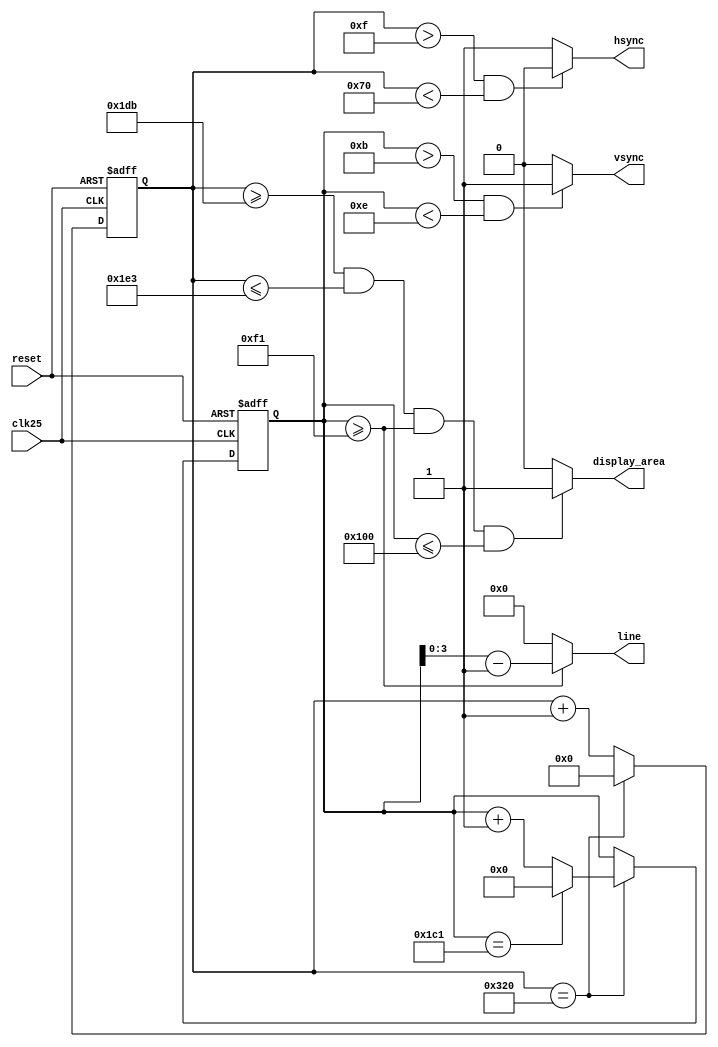
module vgasync(clk25,reset,hsync,vsync,display_area,line);
input clk25,reset;
output hsync,vsync,display_area;
output[3:0] line;

wire hsync,vsync;
reg [9:0] pix_cnt;
reg [8:0] line_cnt;

//orizoyme tis parametroys 
parameter H_FRONT_PORCH = 16 ;
parameter H_SYNC_PULSE = 96 ;
parameter H_BACK_PORCH = 48 ;
parameter H_VISIBLE_PIXELS = 640 ;
parameter H_END=800;

parameter V_FRONT_PORCH = 12 ;
parameter V_SYNC_PULSE = 2 ;
parameter V_BACK_PORCH = 35 ;   
parameter V_VISIBLE_LINES = 400 ;
parameter V_END=449;

//(16+96+48+640/2)-4
parameter H_LEFT_BORDER=475;
parameter H_RIGHT_BORDER=483;
//(12+2+35+400/2) -8
parameter V_TOP_BORDER=241;
parameter V_BOTTOM_BORDER=256;



always @(posedge clk25 or posedge reset) 
begin
    if (reset) // se periptosi reset midenise ton counter
    begin
        pix_cnt<=10'd0;
        line_cnt<=9'd0;	  
    end

  // o pix_cnt exei ftasei terma dexia
  //tote ypaexoyn dio periptoseis
    else if (pix_cnt==H_END)  
         begin
          pix_cnt<=10'd0;
          //1)an eimaste sthn teleftaia grammi tote midenizoume kai ton line_cnt
             if (line_cnt==V_END)
              line_cnt<=9'd0; 
             else
             line_cnt<=line_cnt+9'd1; //2)alliws afksanoume ton line_cnt kata ena
         end
    else pix_cnt<=pix_cnt+10'd1; //an den itan terma dexia  o line_cnt tote apla ayxanoyme kata anea   
    end
    

 // hsync mesa sta oria  112 > pc > 15
assign hsync =(pix_cnt>H_FRONT_PORCH-1 && pix_cnt<H_FRONT_PORCH+H_SYNC_PULSE)? 0:1;

//vsync mesa sta oria 2 grammon  14> lc > 11
assign vsync =(line_cnt>V_FRONT_PORCH-1 && line_cnt<V_FRONT_PORCH+V_SYNC_PULSE)? 1:0; 

//to display area einai to moito tetragono poy emfanizete o xaraktiras
assign display_area=(pix_cnt>=H_LEFT_BORDER && pix_cnt<= H_RIGHT_BORDER && line_cnt>=V_TOP_BORDER && line_cnt<=V_BOTTOM_BORDER)? 1:0;

//poses grames apexoyme apo to pano sinoro toy display area
assign line[3:0]=(line_cnt>=V_TOP_BORDER ) ? (line_cnt - V_TOP_BORDER):0;

endmodule